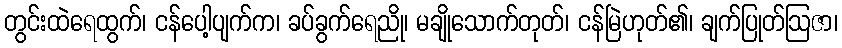
တွင်းထဲရေထွက်၊ ငန်ပေါ့ပျက်က၊ ခပ်ခွက်ရေညို၊ မချိုသောက်တုတ်၊ ငန်မြဲဟုတ်၏၊ ချက်ပြုတ်ဩဇာ၊